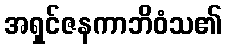
အရှင်ဇနကာဘိဝံသ၏